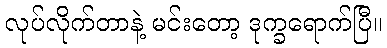
လုပ်လိုက်တာနဲ့ မင်းတော့ ဒုက္ခရောက်ပြီ။